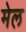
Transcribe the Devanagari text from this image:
मेल